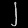
Digit: ၂